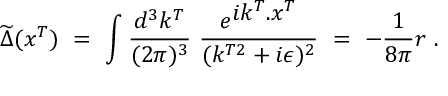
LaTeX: \widetilde \Delta ( x ^ { T } ) \ = \ \int \frac { d ^ { 3 } k ^ { T } } { ( 2 \pi ) ^ { 3 } } \ \frac { e ^ { { \displaystyle i k ^ { T } . x ^ { T } } } } { ( k ^ { T 2 } + i \epsilon ) ^ { 2 } } \ = \ - \frac { 1 } { 8 \pi } r \ .